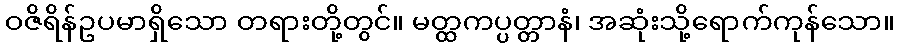
ဝဇိရိန်ဥပမာရှိသော တရားတို့တွင်။ မတ္ထကပ္ပတ္တာနံ၊ အဆုံးသို့ရောက်ကုန်သော။